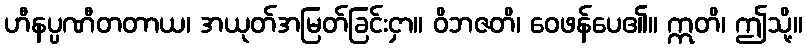
ဟီနပ္ပဏီတတာယ၊ အယုတ်အမြတ်ခြင်းငှာ။ ဝိဘဇတိ၊ ဝေဖန်ပေ၏။ ဣတိ၊ ဤသို့။